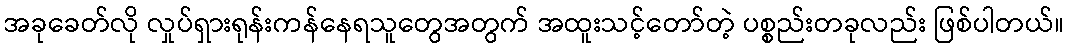
အခုခေတ်လို လှုပ်ရှားရုန်းကန်နေရသူတွေအတွက် အထူးသင့်တော်တဲ့ ပစ္စည်းတခုလည်း ဖြစ်ပါတယ်။